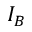
I _ { B }